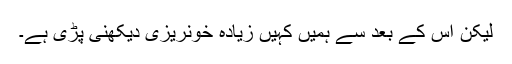
لیکن اس کے بعد سے ہمیں کہیں زیادہ خونریزی دیکھنی پڑی ہے۔